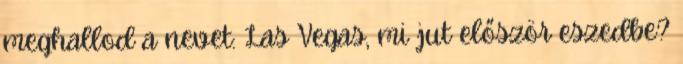
meghallod a nevet: Las Vegas, mi jut először eszedbe?